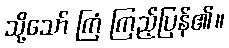
သို့သော် ကြံ ကြည့်ပြန်၏။